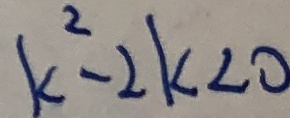
k ^ { 2 } - 2 k < 0